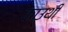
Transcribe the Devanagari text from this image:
काउथी